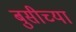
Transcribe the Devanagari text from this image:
बुसीच्या